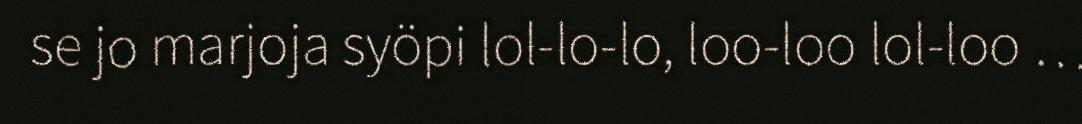
se jo marjoja syöpi lol-lo-lo, loo-loo lol-loo …